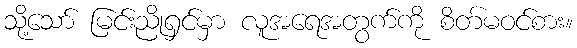
သို့သော် မြင်းညိုရှင်မှာ လူအရေအတွက်ကို စိတ်မဝင်စား။